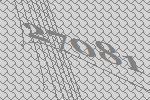
27081